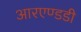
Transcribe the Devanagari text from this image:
आरएण्डडी